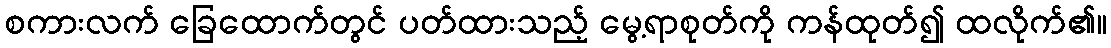
စကားလက် ခြေထောက်တွင် ပတ်ထားသည့် မွေ့ရာစုတ်ကို ကန်ထုတ်၍ ထလိုက်၏။